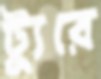
ট্যুরে